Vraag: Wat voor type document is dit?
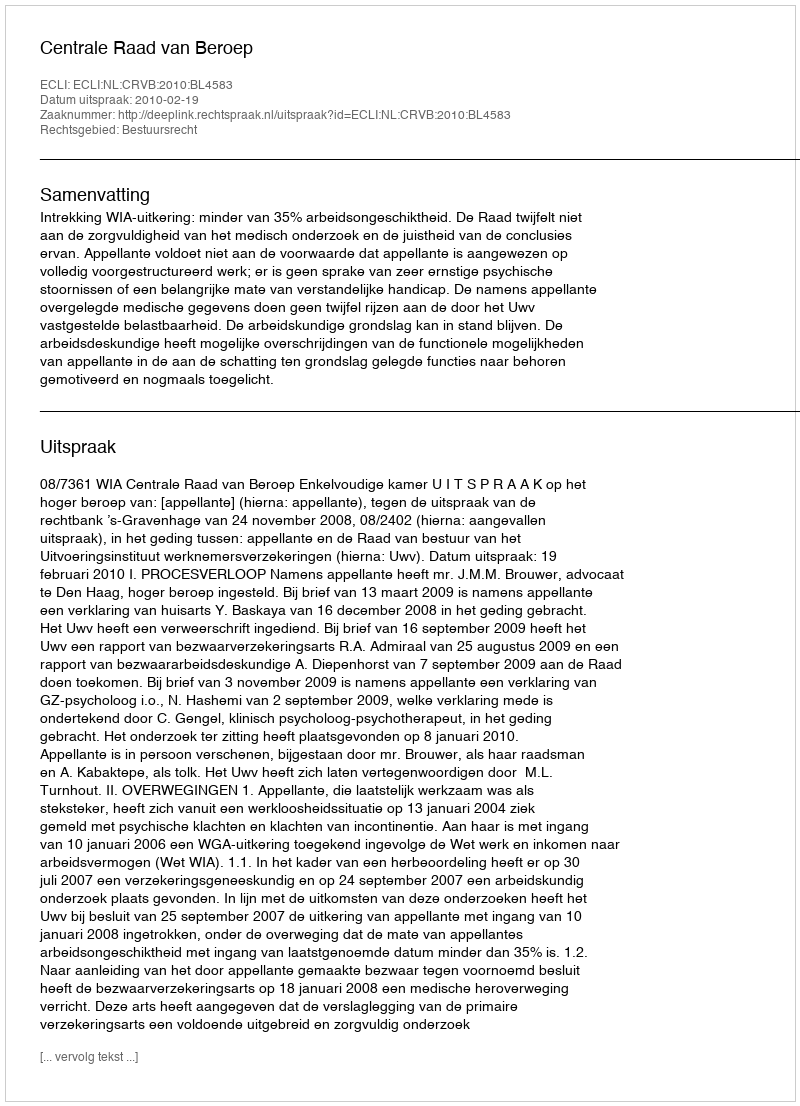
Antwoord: Uitspraak